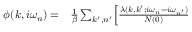
\begin{array} { r l } { \phi ( k , i \omega _ { n } ) = } & { { } \frac { 1 } { \beta } \sum _ { k ^ { \prime } , n ^ { \prime } } \Bigl [ \frac { \lambda ( k , k ^ { \prime } ; i \omega _ { n } - i \omega _ { n ^ { \prime } } ) } { N ( 0 ) } } \end{array}